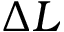
\Delta L